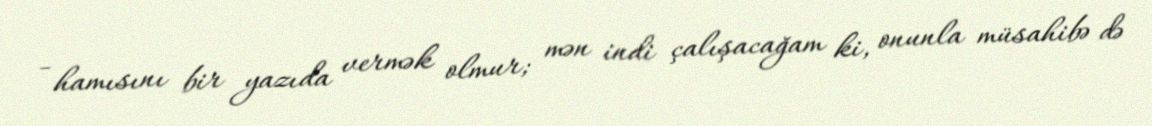
- hamısını bir yazıda vermək olmur; mən indi çalışacağam ki, onunla müsahibə də